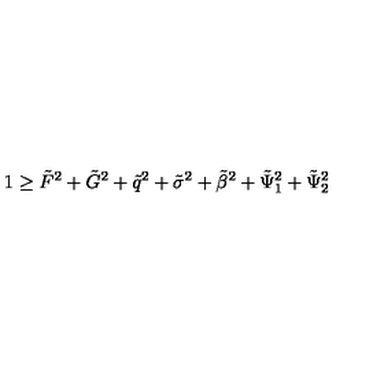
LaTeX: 1 \geq \tilde { F } ^ { 2 } + \tilde { G } ^ { 2 } + \tilde { q } ^ { 2 } + \tilde { \sigma } ^ { 2 } + \tilde { \beta } ^ { 2 } + \tilde { \Psi } _ { 1 } ^ { 2 } + \tilde { \Psi } _ { 2 } ^ { 2 }